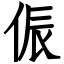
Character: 侲